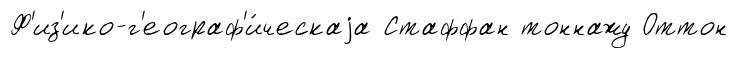
Ф'из'ико-г'еограф'и́ческаjа Стаффан тоннажу Оттон